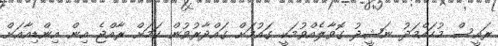
ރައީސް މުހައްމަދު ނަޝީދު ގޮވާލެއްވުމަކީ ގައުމަށް ގައްދާރުވުން ކަމަށް ރާއްޖެ އިން އިންޑިއާއަށް